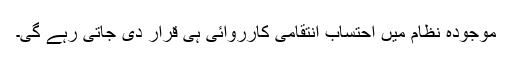
موجودہ نظام میں احتساب انتقامی کارروائی ہی قرار دی جاتی رہے گی۔